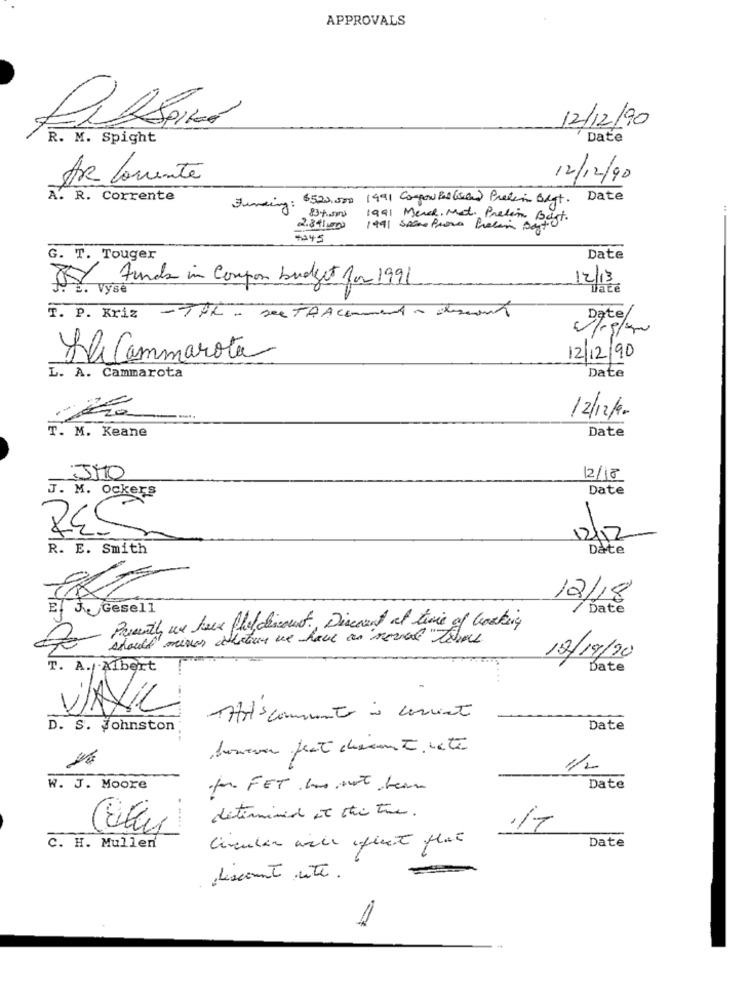
APPROVALS
12/12/90
R. M. Spight
Date
AR Corrente
12/12/90
A. R. Corrente
$520,000
1991 Compon Ballsand Pratain Bagt.
Date
Funding :
1991 Merce. Med. Prelim Bagt.
2.841,00
1991 Sacro Prova Precio Basto
+345
T. Touger
Date
Funds in Coupon budget for 1991
12/13
E. Vyse
Date
T. P. Kriz - The - sea TA Acomment - dessert
Date/
La Cammarota
12/12/90
Date
L. A. Cammarota
12/12/90
T. M. Keane
Date
12/18
Date
J. M. Ockers
12/12
R. E. Smith
Date
12/18
E. J Gesell
Date
for Presently we have phol discount ., Discount at time of basking
should minor dictus we have an moved "time
12/19/20
T. A./ Albert
Date
-
WAXIL
Att comment à current
D. S. Johnston
Date
however feat checom t nete
1/2
W. J. Moore
for FET Ine Mot tem
Date
determined et thi the.
Date
C. H. Muller
discount ite.